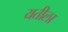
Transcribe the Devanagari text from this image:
यतीला